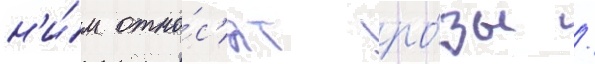
н'и́м отно́с'ят ро́зы /